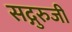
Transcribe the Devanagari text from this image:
सद्गुरुजी